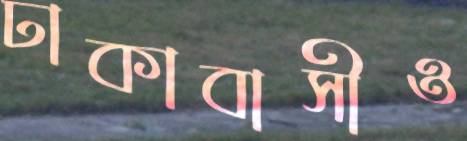
ঢাকাবাসীও